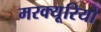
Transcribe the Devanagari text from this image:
मरक्यूरियो